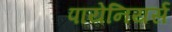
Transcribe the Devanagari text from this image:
पायेनियर्स